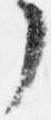
了